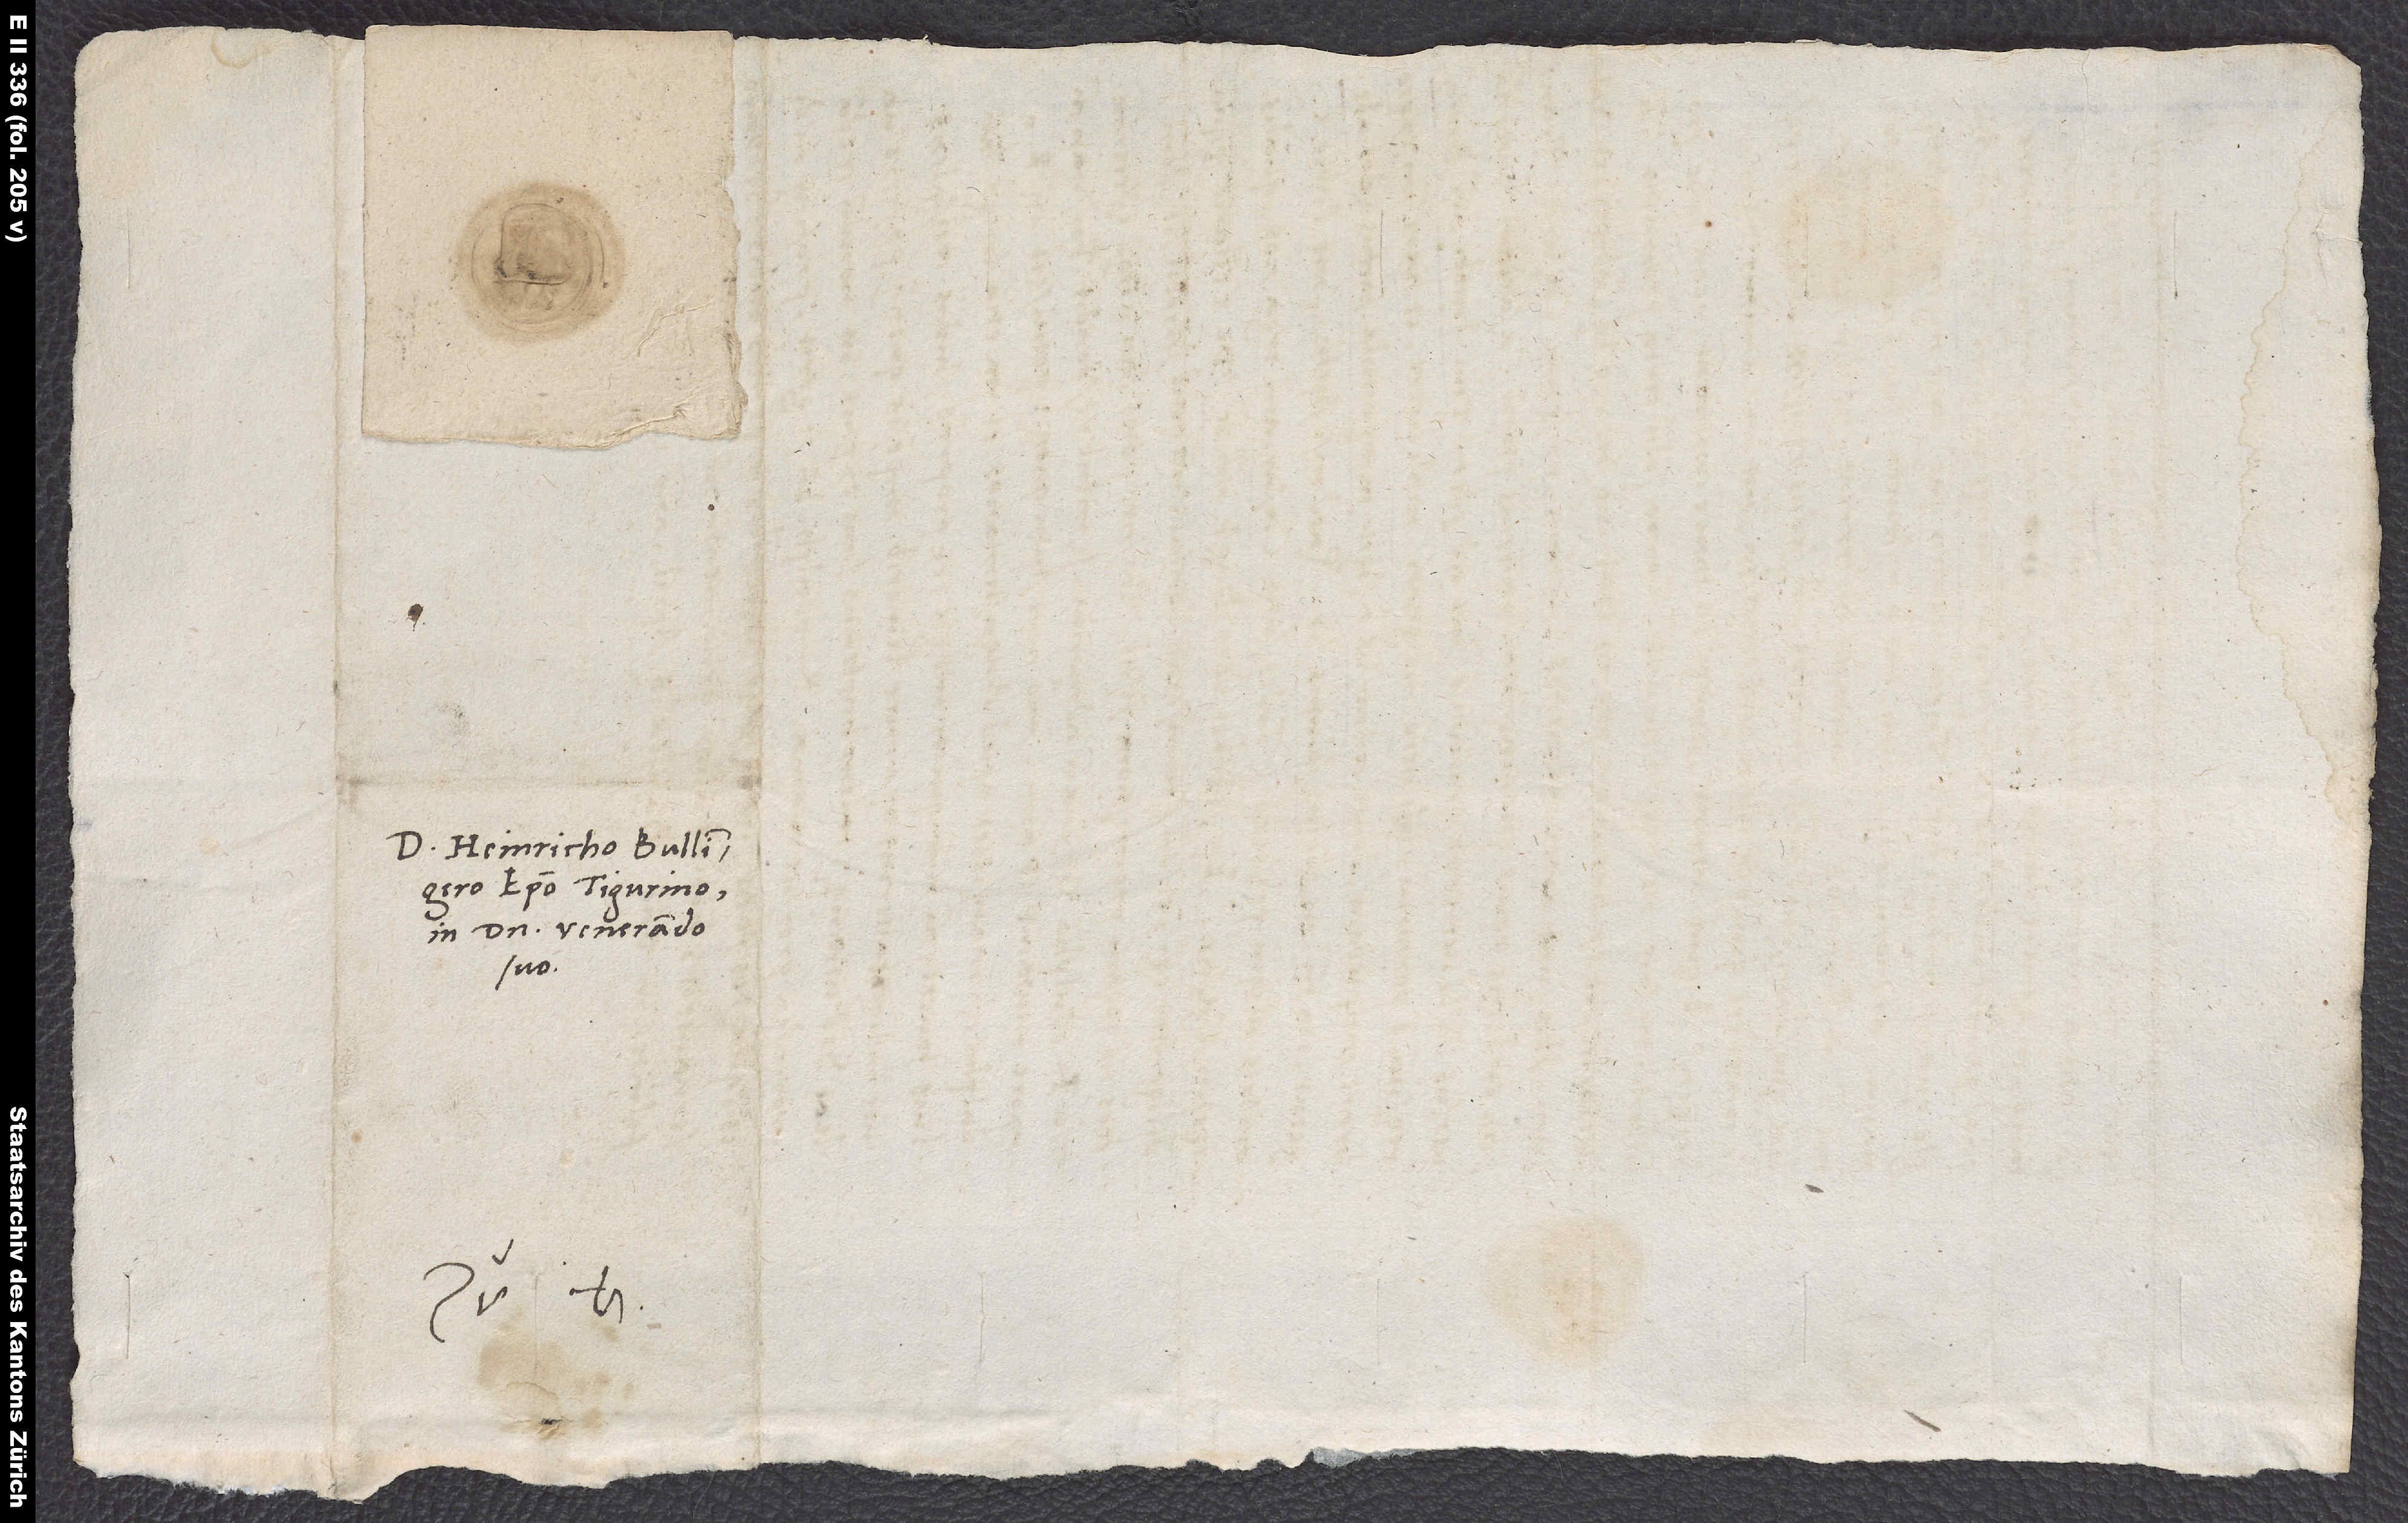
S.

Domino Heinricho Bullingero,
episcopo Tigurino,
in domino venerando
suo.